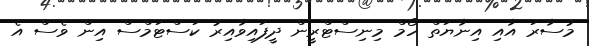
މުސާރަ އާއި އިނާޔަތް ހޯމް މިނިސްޓްރީން ދީފައިވާއިރު ކަސްޓަމްސް އިން ވެސް އެ